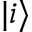
| i \rangle